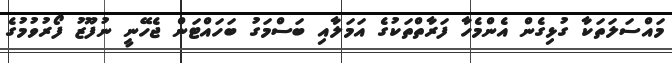
މައްސަލަތަކާ ގުޅިގެން އެންމެހާ ފަރާތްތަކުގެ އަމަލާއި ބަސްމަގު ބަހައްޓަން ޖެހޭނީ ނުފޫޒު ފޯރުވުމުގެ